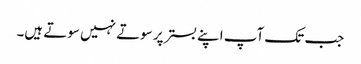
جب تک آپ اپنے بستر پر سوتے نہیں سوتے ہیں۔